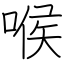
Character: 喉